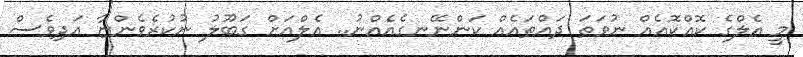
މީ އެލްގެ ކޮއްކޮއެއް ނުވަތަ ދައްތައެއް ކަންނޭނގެއެއްނު.. އެލްއަށް ގަބޫލު ނުކުރެވެންޏާ އަދިވެސް